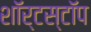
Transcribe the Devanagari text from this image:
शॉर्टस्टॉप